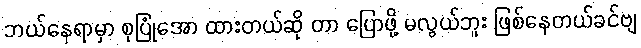
ဘယ်နေရာမှာ စုပြုံအော ထားတယ်ဆို တာ ပြောဖို့ မလွယ်ဘူး ဖြစ်နေတယ်ခင်ဗျ